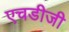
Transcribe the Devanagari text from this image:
एचडीजी